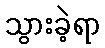
သွားခဲ့ရာ